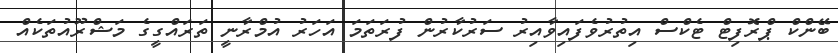
ބޭންކް ޕްރޮފިޓް ޓެކްސް އިތުރުވެފައިވާއިރު ސަރުކާރުން ފުރަތަމަ އަހަރު އުމްރާނީ ތަރައްގީގެ މަޝްރޫއުތަކެއް